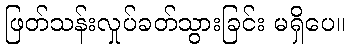
ဖြတ်သန်းလှုပ်ခတ်သွားခြင်း မရှိပေ။